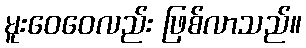
မူးဝေဝေလည်း ဖြစ်လာသည်။